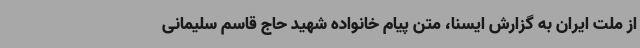
از ملت ایران به گزارش ایسنا، متن پیام خانواده شهید حاج قاسم سلیمانی